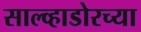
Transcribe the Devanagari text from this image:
साल्व्हाडोरच्या